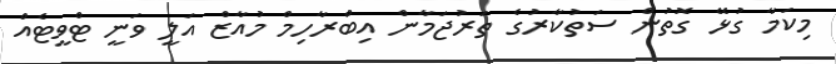
މިކަމާ ގުޅޭ ގޮތުން ސަތުކާރުގެ ތަރުޖަމާން އިބްރާހިމް މުއާޒް އަލީ ވަނީ ޓްވީޓެއް